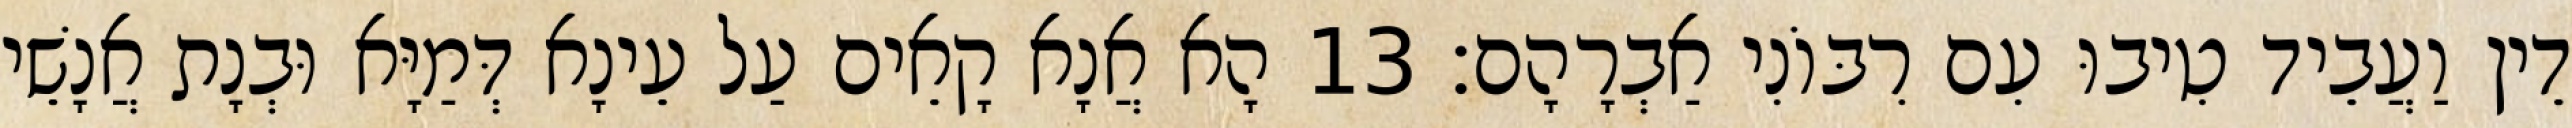
דֵין וַעֲבֵיד טִיבוּ עִם רִבּוֹנִי אַבְרָהָם׃ 13 הָא אֲנָא קָאֵים עַל עֵינָא דְּמַיָּא וּבְנָת אֲנָשֵׁי